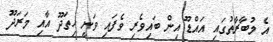
އެ މުބާރާތުގައި އައްޑޫ އިން ބައިވެރި ވެފައި ވަނީ ހިތަދޫ އާއި މަރަދޫ